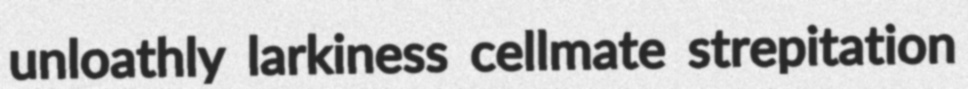
unloathly larkiness cellmate strepitation